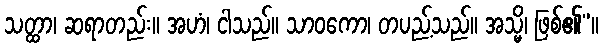
သတ္ထာ၊ ဆရာတည်း။ အဟံ၊ ငါသည်။ သာဝကော၊ တပည့်သည်။ အသ္မိ၊ ဖြစ်၏”။